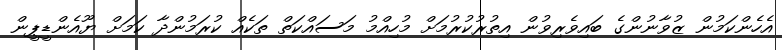
އެހެންކަމުން ޒުވާނުންގެ ބައިވެރިވުން އިތުރުކުރުމަށް މުހިއްމު މަސައްކަތް ތަކެއްް ކުރަމުންދާ ކަމަށް ޔޫއެންޑީޕީން